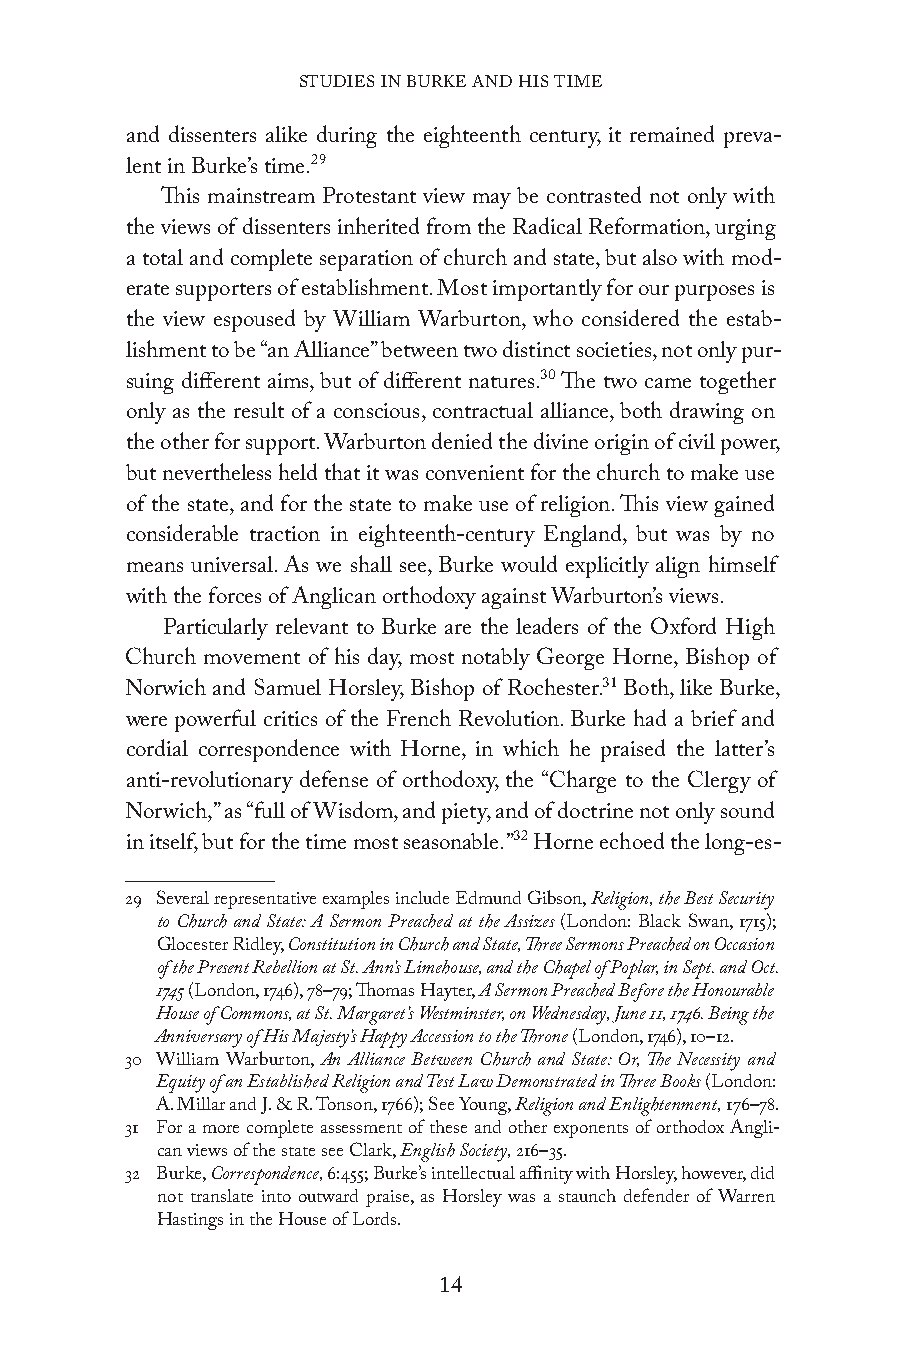
STUDIES IN BURKE AND HIS TIME
 and dissenters alike during the eighteenth century, it remained preva-
 lent in Burke’s time.29
 This mainstream Protestant view may be contrasted not only with
 the views of dissenters inherited from the Radical Reformation, urging
 a total and complete separation of church and state, but also with mod-
 erate supporters of establishment. Most importantly for our purposes is
 the view espoused by William Warburton, who considered the estab-
 lishment to be “an Alliance” between two distinct societies, not only pur-
 suing different aims, but of different natures.30 The two came together
 only as the result of a conscious, contractual alliance, both drawing on
 the other for support. Warburton denied the divine origin of civil power,
 but nevertheless held that it was convenient for the church to make use
 of the state, and for the state to make use of religion. This view gained
 considerable traction in eighteenth-century England, but was by no
 means universal. As we shall see, Burke would explicitly align himself
 with the forces of Anglican orthodoxy against Warburton’s views.
 Particularly relevant to Burke are the leaders of the Oxford High
 Church movement of his day, most notably George Horne, Bishop of
 Norwich and Samuel Horsley, Bishop of Rochester.31 Both, like Burke,
 were powerful critics of the French Revolution. Burke had a brief and
 cordial correspondence with Horne, in which he praised the latter’s
 anti-revolutionary defense of orthodoxy, the “Charge to the Clergy of
 Norwich,” as “full of Wisdom, and piety, and of doctrine not only sound
 in itself, but for the time most seasonable.”32 Horne echoed the long-es-
 29 Several representative examples include Edmund Gibson, Religion, the Best Security
 to Church and State: A Sermon Preached at the Assizes (London: Black Swan, 1715);
 Glocester Ridley, Constitution in Church and State, Three Sermons Preached on Occasion
 of the Present Rebellion at St. Ann’s Limehouse, and the Chapel of Poplar, in Sept. and Oct.
 1745 (London, 1746), 78–79; Thomas Hayter, A Sermon Preached Before the Honourable
 House of Commons, at St. Margaret’s Westminster, on Wednesday, June 11, 1746. Being the
 Anniversary of His Majesty’s Happy Accession to the Throne (London, 1746), 10–12.
 30 William Warburton, An Alliance Between Church and State: Or, The Necessity and
 Equity of an Established Religion and Test Law Demonstrated in Three Books (London:
 A. Millar and J. & R. Tonson, 1766); See Young, Religion and Enlightenment, 176–78.
 31 For a more complete assessment of these and other exponents of orthodox Angli-
 can views of the state see Clark, English Society, 216–35.
 32 Burke, Correspondence, 6:455; Burke’s intellectual affinity with Horsley, however, did
 not translate into outward praise, as Horsley was a staunch defender of Warren
 Hastings in the House of Lords.
 14